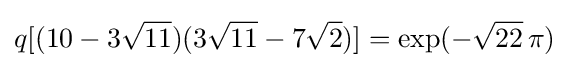
q[(10-3{\sqrt {11}})(3{\sqrt {11}}-7{\sqrt {2}})]=\exp(-{\sqrt {22}}\,\pi )